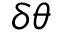
\delta \theta